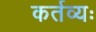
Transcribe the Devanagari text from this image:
कर्तव्यः